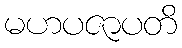
မဟပဇာပတိ